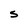
Character: S